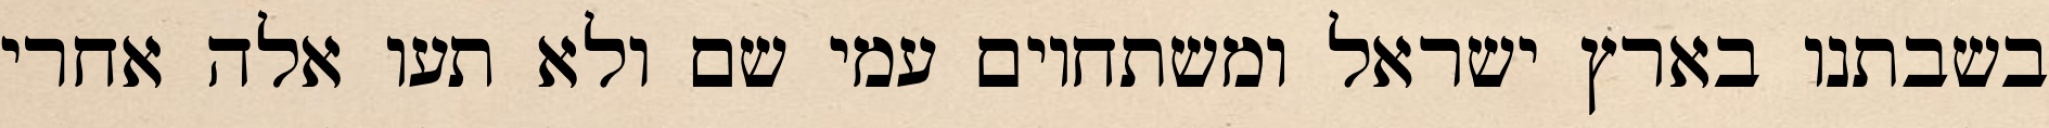
בשבתנו בארץ ישראל ומשתחוים עמי שם ולא תעו אלה אחרי